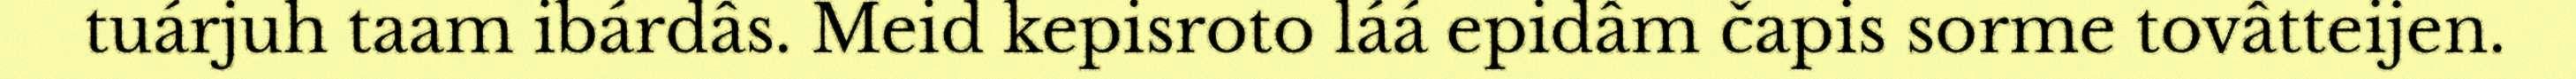
tuárjuh taam ibárdâs. Meid kepisroto láá epidâm čapis sorme tovâtteijen.